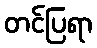
တင်ပြရာ